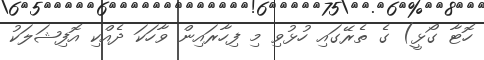
ހޮޓާ ގޯޅީ) ގެ ތެރޭގައި ހުޅުވި މި ފިހާރައިން ވާހަކަ ދެއްކި އޮފިޝަލަކު